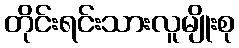
တိုင်းရင်းသားလူမျိုးစု